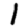
Digit: 1